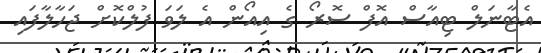
އެޓާނަލް ޓިއާސް އޮފް ސޮރޯ ގެ އިއޯން އެ ލަވަ ފުލްކޮށް ޖަހާލާފައި